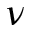
\nu